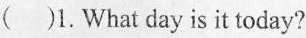
( )1.What day is it today?